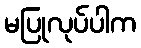
မပြုလုပ်ပါက